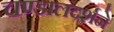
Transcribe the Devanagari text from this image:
चण्डालदर्शने